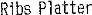
RIBS PLATTER